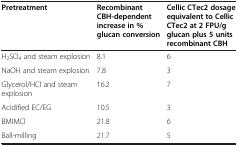
<table><thead><tr><td><b>Pretreatment</b></td><td><b>Recombinant CBH-dependent increase in % glucan conversion</b></td><td><b>Cellic CTec2 dosage equivalent to Cellic CTec2 at 2 FPU/g glucan plus 5 units recombinant CBH</b></td></tr></thead><tbody><tr><td>H<sub>2</sub>SO<sub>4</sub> and steam explosion</td><td>8.1</td><td>6</td></tr><tr><td>NaOH and steam explosion</td><td>7.8</td><td>3</td></tr><tr><td>Glycerol/HCl and steam explosion</td><td>16.2</td><td>7</td></tr><tr><td>Acidified EC/EG</td><td>10.5</td><td>3</td></tr><tr><td>BMIMCl</td><td>21.8</td><td>6</td></tr><tr><td>Ball-milling</td><td>21.7</td><td>5</td></tr></tbody></table>